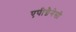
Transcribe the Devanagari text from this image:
एपीग्नैनेसी